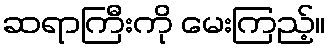
ဆရာကြီးကို မေးကြည့်။